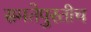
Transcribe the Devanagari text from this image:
समतेपुरतीच